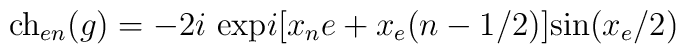
\mbox{ch}_{en}(g)=-2i\mbox{ exp}i[x_{n}e+x_{e}(n-1/2)]\mbox{sin}(x_{e}/2)